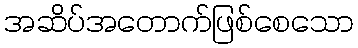
အဆိပ်အတောက်ဖြစ်စေသော